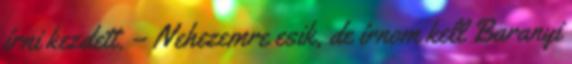
írni kezdett. – Nehezemre esik, de írnom kell Baranyi